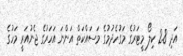
އަދި 2.8 ކިލޯ މީޓަރުގެ މަގުހެދުމުގެ މަސައްކަތް އަންނަ އަހަރުގެ ޖެނުއަރީ މަހުގެ